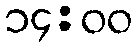
၁၄:၀၀